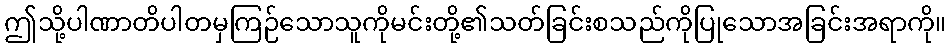
ဤသို့ပါဏာတိပါတမှကြဉ်သောသူကိုမင်းတို့၏သတ်ခြင်းစသည်ကိုပြုသောအခြင်းအရာကို။